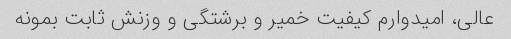
عالی، امیدوارم کیفیت خمیر و برشتگی و وزنش ثابت بمونه